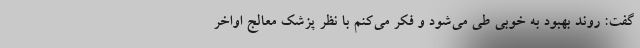
گفت: روند بهبود به خوبی طی می‌شود و فکر می‌کنم با نظر پزشک معالج اواخر